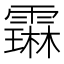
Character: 𬰋